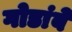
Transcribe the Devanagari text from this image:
गोडांबे